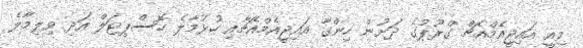
މިއީ އައިޖީއެމްއެޗް ގްރޫޕުގެ ދަށުން ހިންގާ އައިޖީއެމްއެޗާއި ހުޅުމާލެ ހޮސްޕިޓަލް އަދި ވިލިމާލެ